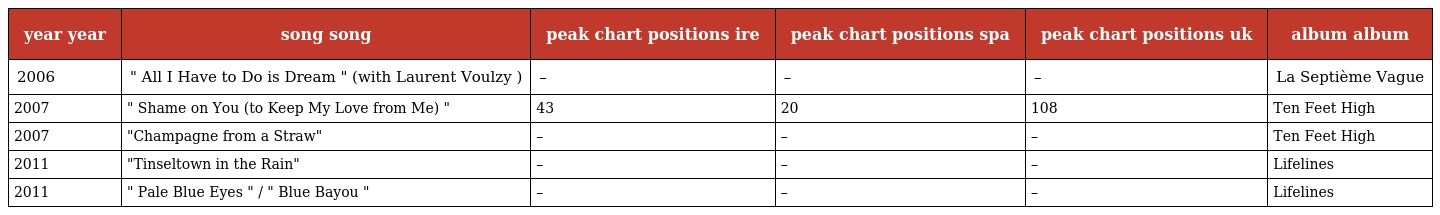
| year year | song song | peak chart positions ire | peak chart positions spa | peak chart positions uk | album album |
 | --- | --- | --- | --- | --- | --- |
 | 2006 | " All I Have to Do is Dream " (with Laurent Voulzy ) | – | – | – | La Septième Vague |
 | 2007 | " Shame on You (to Keep My Love from Me) " | 43 | 20 | 108 | Ten Feet High |
 | 2007 | "Champagne from a Straw" | – | – | – | Ten Feet High |
 | 2011 | "Tinseltown in the Rain" | – | – | – | Lifelines |
 | 2011 | " Pale Blue Eyes " / " Blue Bayou " | – | – | – | Lifelines |